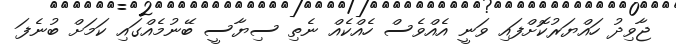
ޖާވިދު ހައްޔަރުކޮށްފައި ވަނީ އެއްވެސް ހެއްކެއް ނެތި ސިޔާސީ ބޭނުމެއްގައި ކަމަށް ބުނެފަ